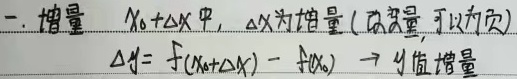
一. 增量 \(x_{0}+\Delta x\)中，\(\Delta x\)为增量（改变量，可为负），\(\Delta y = f(x_{0}+\Delta x)-f(x_{0})\)，\(\Delta y\)为\(y\)值增量